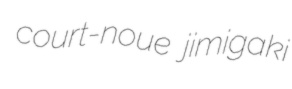
court-noue jimigaki